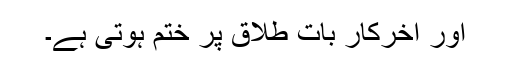
اور اخرکار بات طلاق پر ختم ہوتی ہے۔